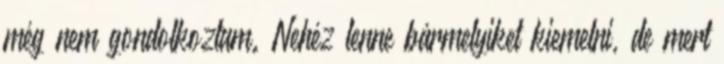
még nem gondolkoztam. Nehéz lenne bármelyiket kiemelni, de mert